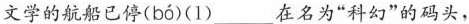
文学的航船已停( bó )(1)___在名为”科幻”的码头，